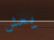
يعش